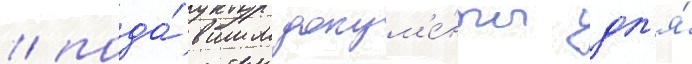
/ пода́вшим докум'е́нты дл'я́